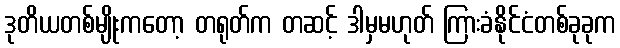
ဒုတိယတစ်မျိုးကတော့ တရုတ်က တဆင့် ဒါမှမဟုတ် ကြားခံနိုင်ငံတစ်ခုခုက